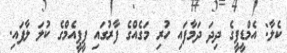
ކެލާ: އެމްޑީޕީގެ ދިދަ ދަމާފައި ހުރި މަގެއްގެ ފާރުގައި ޕީޕީއެމްގެ ކުލަ ލާފައި.